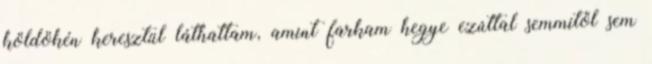
köldökén keresztül láthattam, amint farkam hegye ezúttal semmitől sem